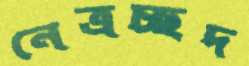
নেত্রচ্ছদ